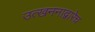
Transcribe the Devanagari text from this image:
उत्खननाद्वारेच